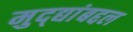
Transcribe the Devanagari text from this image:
मुद्द्यांबद्दल